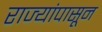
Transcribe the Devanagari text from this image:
राज्यांपासून